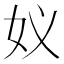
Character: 𮰸